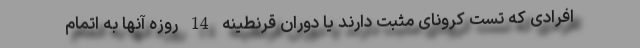
افرادی که تست کرونای مثبت دارند یا دوران قرنطینه 14 روزه آنها به اتمام